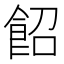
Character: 䬰